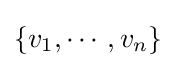
\{v_{1},\cdots ,v_{n}\}